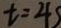
t = 4 s